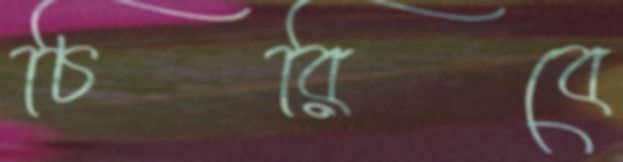
চিরিবে